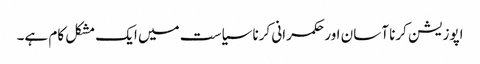
اپوزیشن کرنا آسان اور حکمرانی کرنا سیاست میں ایک مشکل کام ہے۔